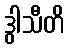
ဒွါသီတိ